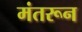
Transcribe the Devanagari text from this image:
मंतरून